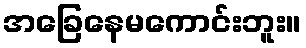
အခြေနေမကောင်းဘူး။